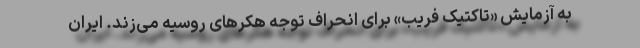
به آزمایش «تاکتیک فریب» برای انحراف توجه هکرهای روسیه می‌زند. ایران